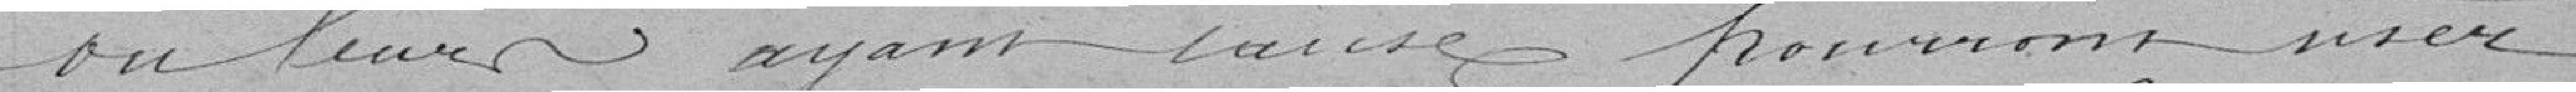
ou leurs ayant cause pourront user